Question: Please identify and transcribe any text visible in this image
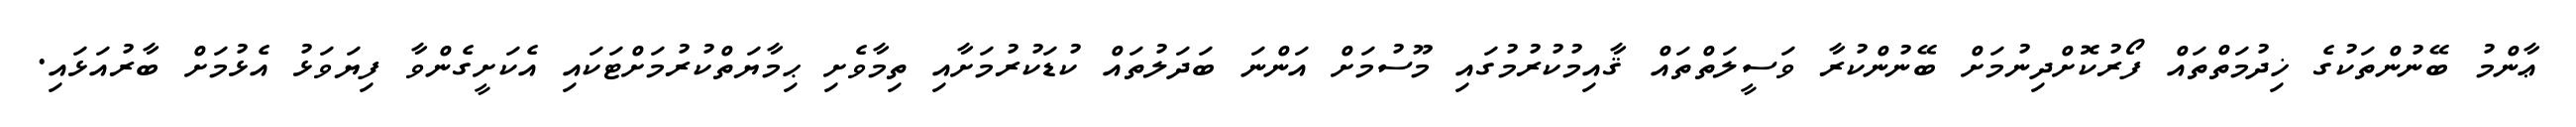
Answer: ޢާންމު ބޭނުންތަކުގެ ޚިދުމަތްތައް ފޯރުކޮށްދިނުމަށް ބޭނުންކުރާ ވަސީލަތްތައް ޤާއިމުކުރުމުގައި މޫސުމަށް އަންނަ ބަދަލުތައް ކުޑަކުރުމަށާއި ތިމާވެށި ޙިމާޔަތްކުރުމަށްޓަކައި އެކަށީގެންވާ ފިޔަވަޅު އެޅުމަށް ބާރުއަޅައި.